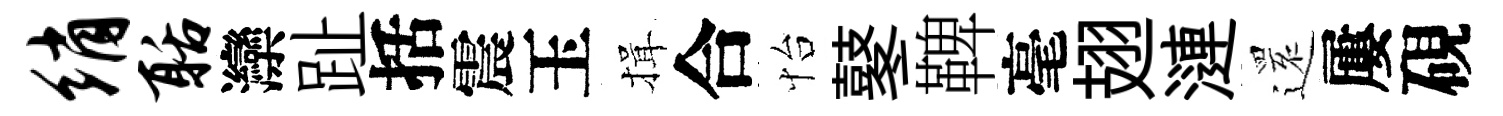
绡聒灤趾括震玉揖合怡鼕鞞毫翅漣𮟃屢硯